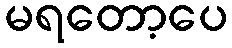
မရတော့ပေ